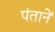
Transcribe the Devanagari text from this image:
पंतानें